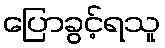
ပြောခွင့်ရသူ